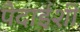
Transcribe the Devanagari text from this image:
पैदाईशी